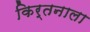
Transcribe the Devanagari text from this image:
किर्तनाला